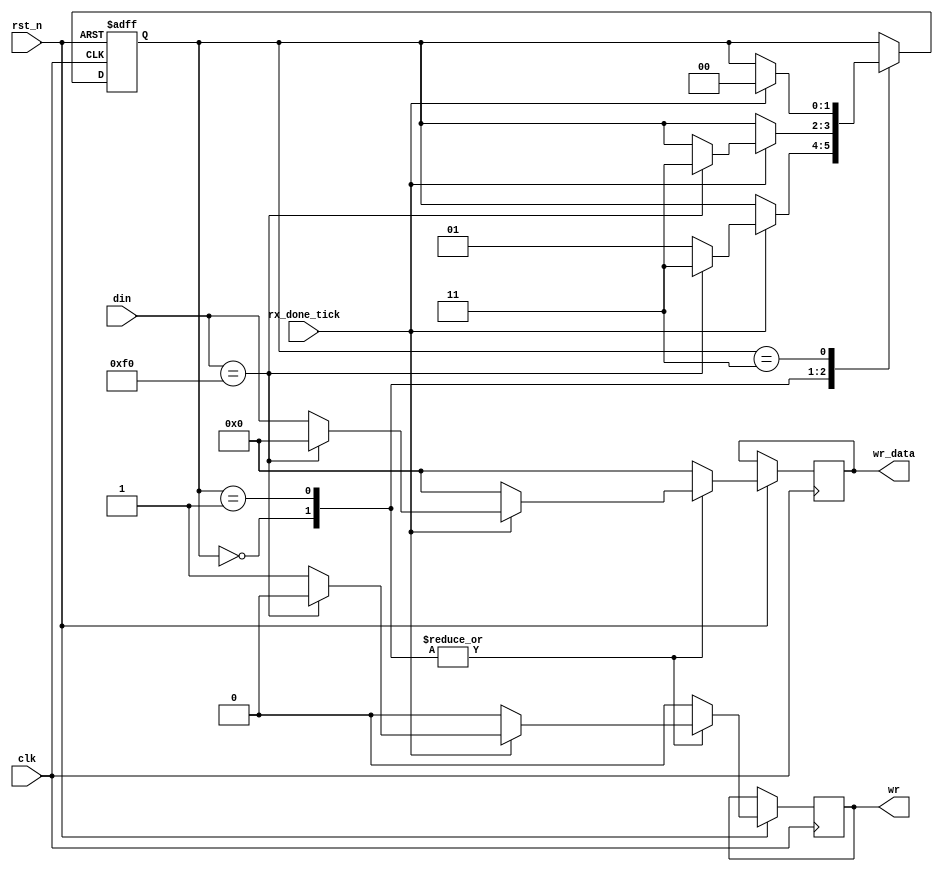
`timescale 1ns / 1ps

module kb_data(
	input clk,rst_n,
	input rx_done_tick,
	input[7:0] din,
	output reg wr,
	output reg[7:0] wr_data
    );
	 //FSM state declarations
	 localparam[1:0] idle=2'd0,
							scan=2'd1,
							breakcode=2'd3;
	 reg[1:0] state_reg;
	 //FSM register operations
	 always @(posedge clk,negedge rst_n) begin
		if(!rst_n) state_reg<=idle;
		
		else begin
		wr=0;
		wr_data=0;
			case(state_reg)
				idle: if(rx_done_tick) begin //wait for the makecode
							if(din==8'hf0) state_reg<=breakcode;
							else begin
								wr_data=din;
								wr=1;
								state_reg<=scan;
							end							
						 end
				scan: if(rx_done_tick) begin //wait for the breakcode which starts with 8'hf0
							if(din==8'hf0) state_reg<=breakcode;
							else begin
								wr_data=din;
								wr=1;
							end
						end
		 breakcode: if(rx_done_tick) state_reg<=idle;	//skip the makecode after the breakcode 8'hf0 						
			endcase
		end
	 end
	 


endmodule